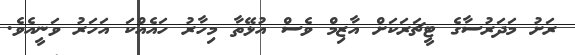
ރަށު މަދަރުސާގެ ޓީޗަރަކަށް އާޒިމް ވެސް އުޅޭތާ މިހާރު ހައެއްކަ އަހަރު ވަނީއެވެ.